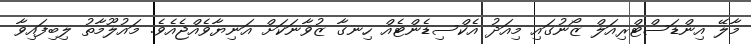
މާލޭ އިންޑަސްޓްރިއަލް ޒޯނުގައި މިއަދު އެކްސިޑެންޓެއް ހިނގާ ޒުވާނަކަށް އަނިޔާވެއްޖެއެވެ. މައުލޫމާތު ލިބިފައިވާ